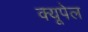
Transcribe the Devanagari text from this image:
क्यूपेल